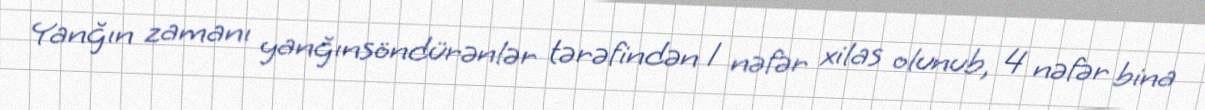
Yanğın zamanı yanğınsöndürənlər tərəfindən 1 nəfər xilas olunub, 4 nəfər bina